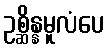
ဥစ္ဆိန္နမူလံပေ